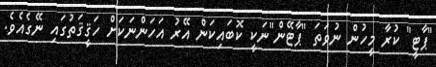
"ޕާޓީ" ކުރާ މީހުން ނުވަތަ "ޕާޓޭން"ނަކީ ކޮބައިކަން އޭރު އަހަންނަކަށް ހަޤީޤަތުގައި ނޭގެއެވެ.